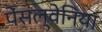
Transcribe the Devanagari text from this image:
पेंसल्वेनिया